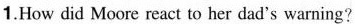
1.How did Moore react to her dad's warning?